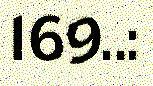
169..: